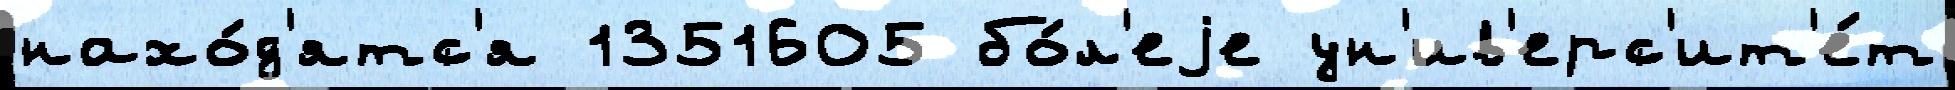
нахо́д'ятс'я 1351605 бо́л'еjе ун'ив'ерс'ит'е́т